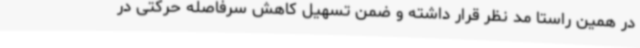
در همین راستا مد نظر قرار داشته و ضمن تسهیل کاهش سرفاصله حرکتی در